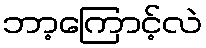
ဘာ့ကြောင့်လဲ